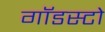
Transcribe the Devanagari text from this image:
गॉडस्टो